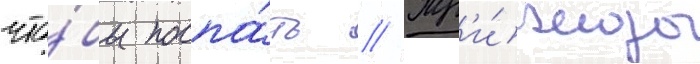
что́бы поспа́ть // Тр'и́жды